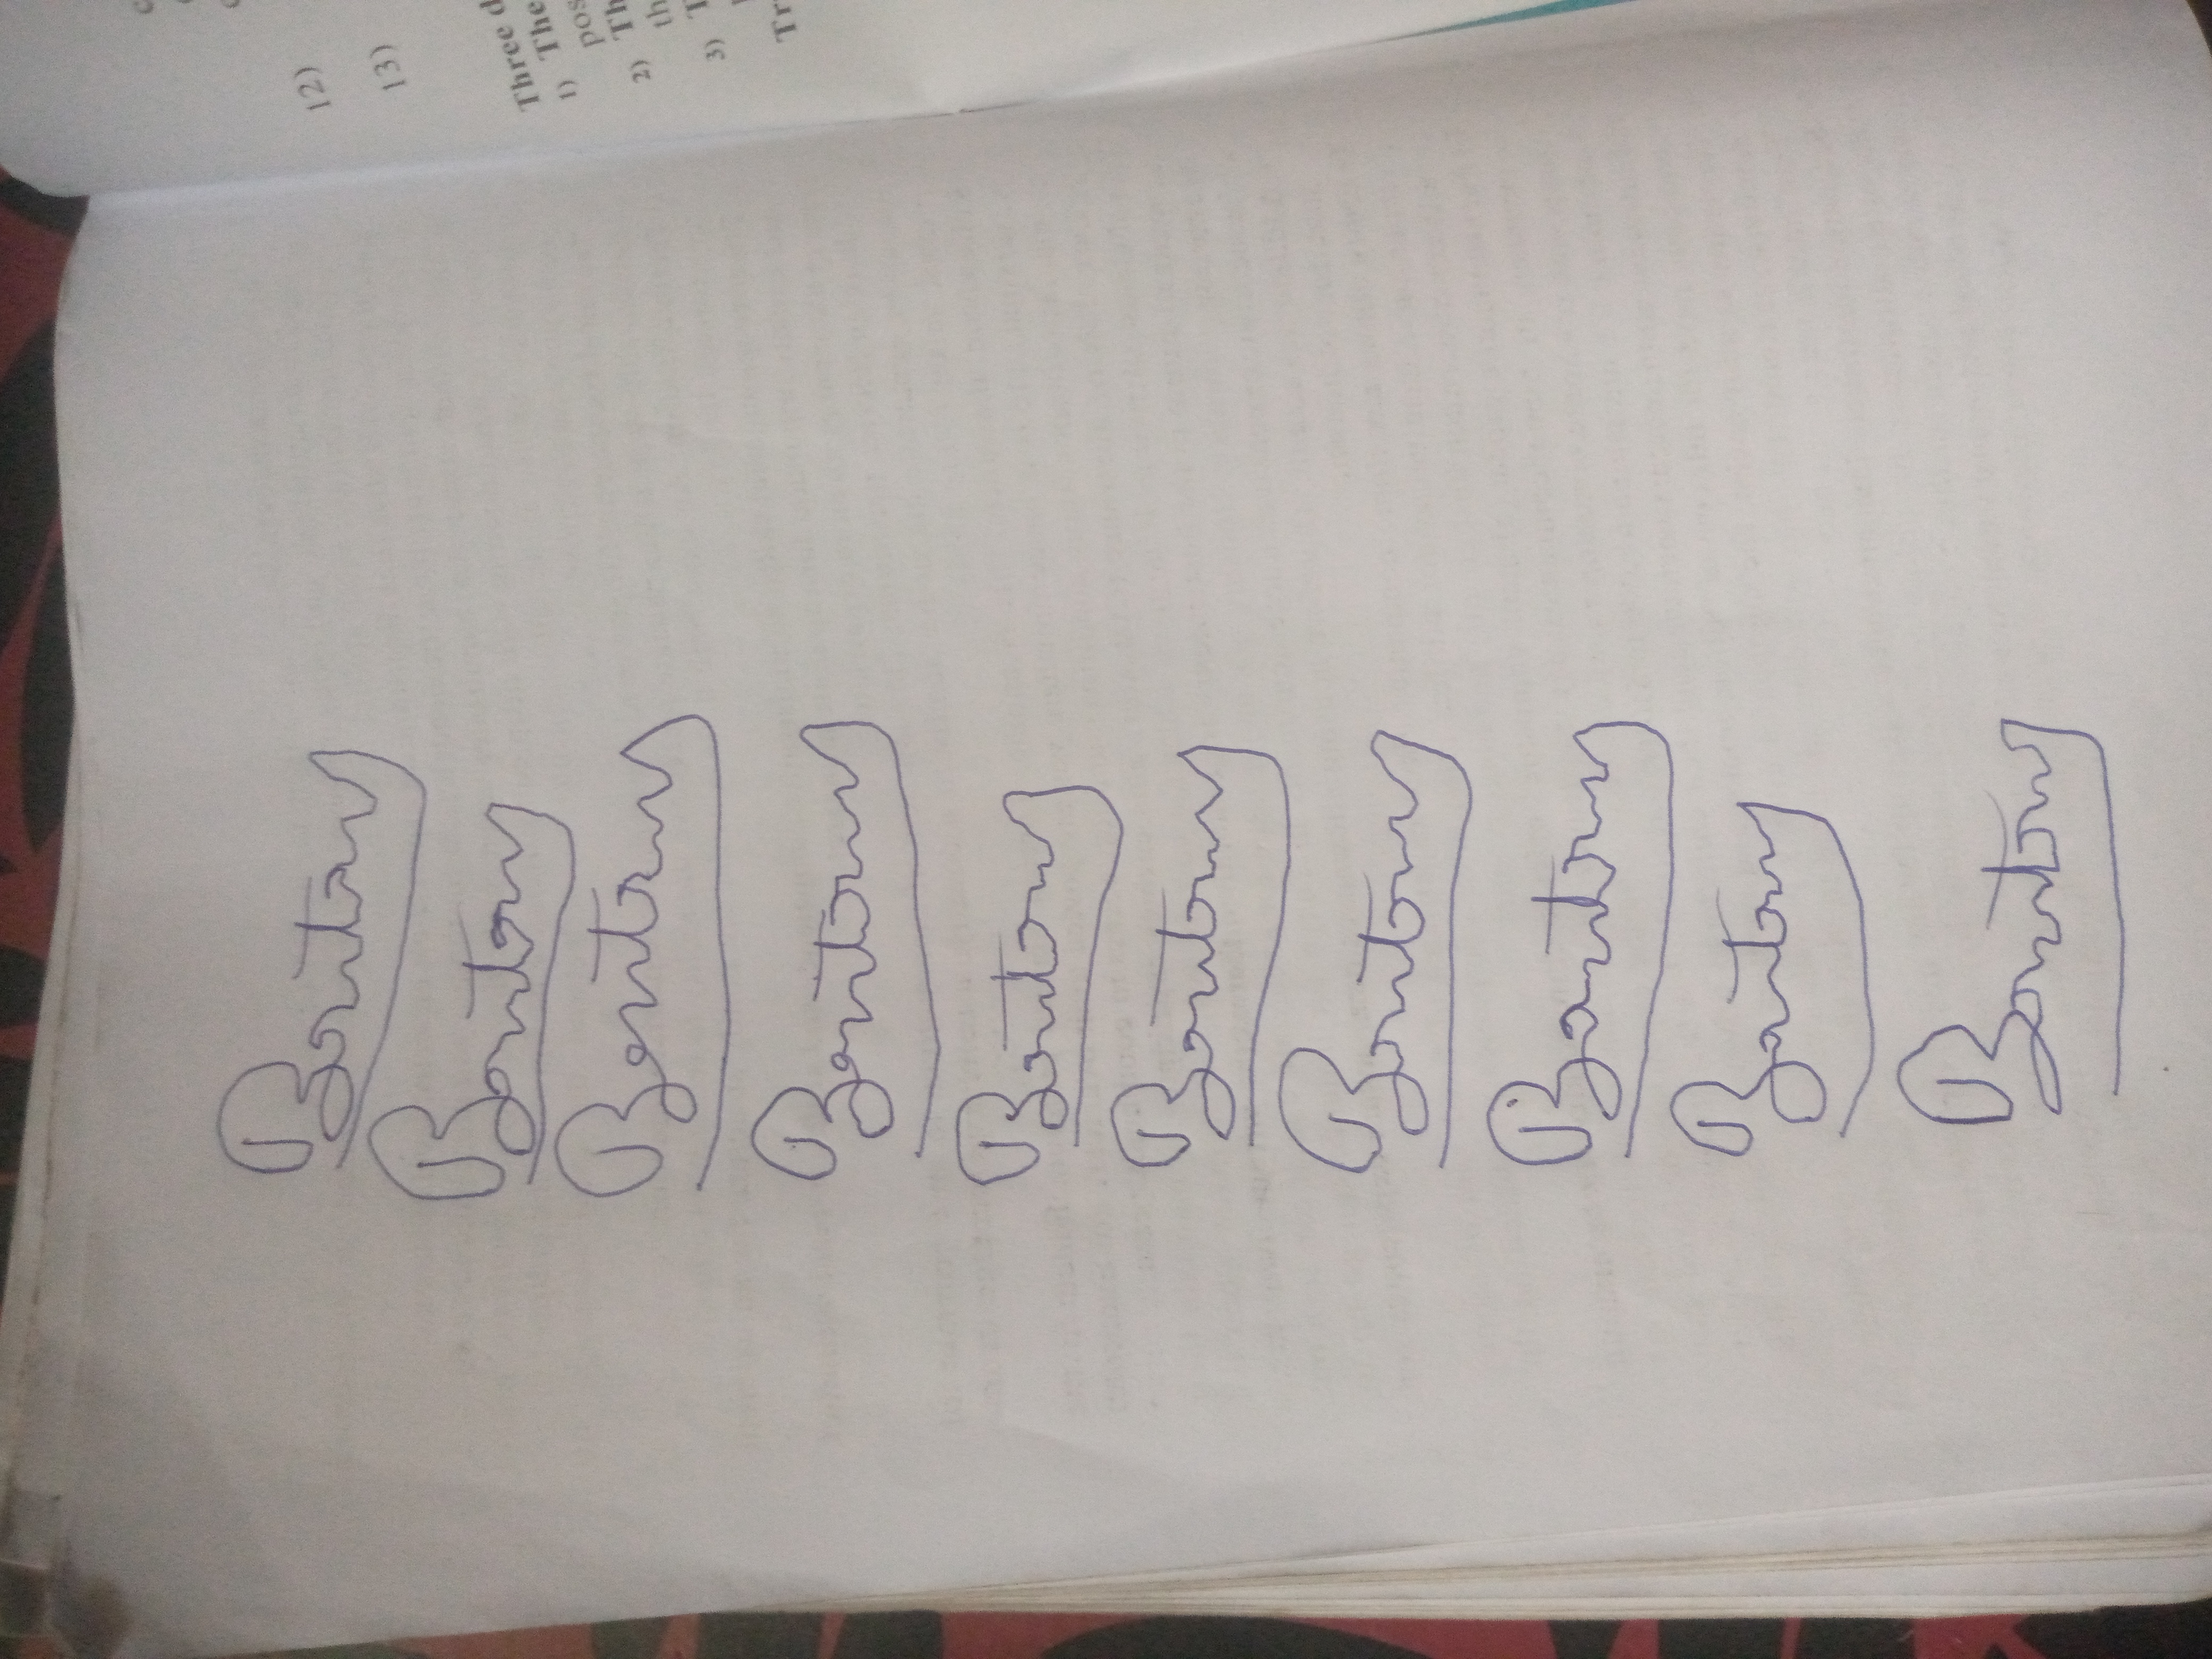
Signature authenticity: forged